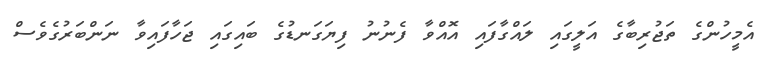
އެމީހުންގެ ތަޖުރިބާގެ އަލީގައި ލައްގާފައި އޮއްވާ ފެނުނު ފިޔަގަނޑުގެ ބައިގައި ޖަހާފައިވާ ނަންބަރުގެވެސް